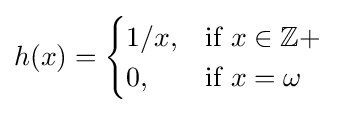
h(x)={\begin{cases}1/x,&{\text{if }}x\in \mathbb {Z} +\\0,&{\text{if }}x=\omega \end{cases}}